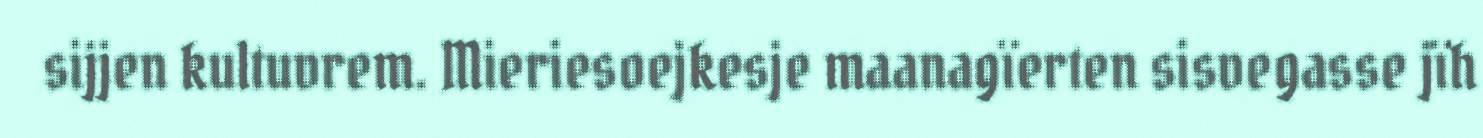
sijjen kultuvrem. Mieriesoejkesje maanagïerten sisvegasse jïh